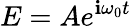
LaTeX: E=Ae^{\mathbf{i}\omega_{0}{t}}